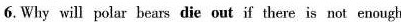
6. Why will polar hears die out if there is not enough